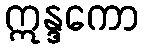
ဣန္ဒကော